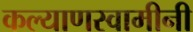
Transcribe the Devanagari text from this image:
कल्याणस्वामीनी